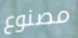
مصنوع